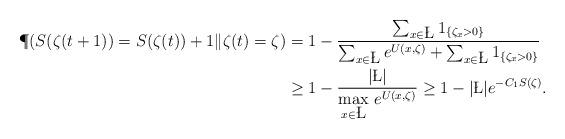
LaTeX: \begin{align*}\P(S(\zeta(t+1))=S(\zeta(t))+1\|\zeta(t)=\zeta)&=1-\frac{\sum_{x\in \L} 1_{\{\zeta_x>0\}}}{\sum_{x\in \L}e^{U(x,\zeta)}+\sum_{x\in \L}1_{\{\zeta_x>0\}}}\\&\geq1-\frac{|\L|}{{\displaystyle\max_{x\in \L}}\ e^{U(x,\zeta)}}\geq 1-|\L|e^{-C_1 S(\zeta)}.\end{align*}